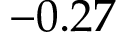
- 0 . 2 7